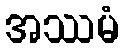
အဿမံ